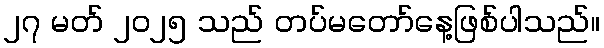
၂၇ မတ် ၂၀၂၅ သည် တပ်မတော်နေ့ဖြစ်ပါသည်။